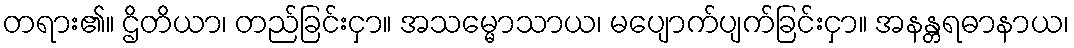
တရား၏။ ဌိတိယာ၊ တည်ခြင်းငှာ။ အသမ္မောသာယ၊ မပျောက်ပျက်ခြင်းငှာ။ အနန္တရဓာနာယ၊